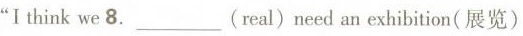
"I think we 8.___（real）ned an exhibition（展览）